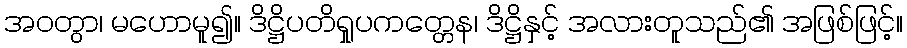
အဝတွာ၊ မဟောမူ၍။ ဒိဋ္ဌိပတိရှုပကတ္တေန၊ ဒိဋ္ဌိနှင့် အလားတူသည်၏ အဖြစ်ဖြင့်။